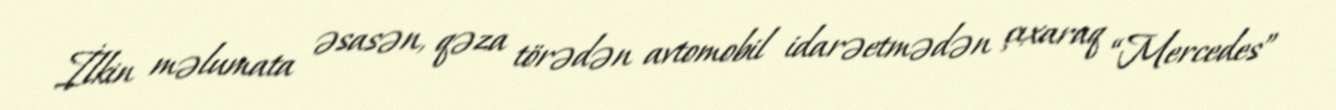
İlkin məlumata əsasən, qəza törədən avtomobil idarəetmədən çıxaraq “Mercedes”